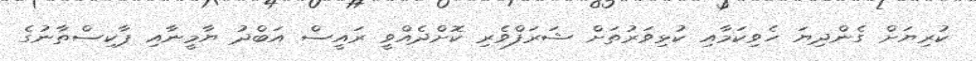
ކުރިޔަށް ގެންދިޔަ ހެވިކަމާއި ކުޅިވަރުތަށް ޝަރަފްވެރި ކޮށްދެއްވީ ރައީސް އަބްދު ޔާމީނާއި ޕާކިސްތާނުގެ